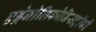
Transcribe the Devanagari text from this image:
एड्रेनोलिकोडिसट्रॉफी